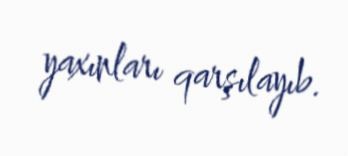
yaxınları qarşılayıb.